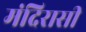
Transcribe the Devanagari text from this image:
मंदिरासी